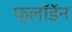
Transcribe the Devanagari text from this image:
फ्लॉडॅन